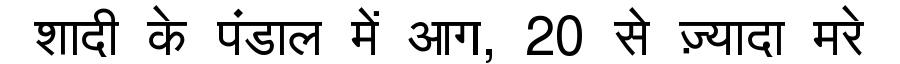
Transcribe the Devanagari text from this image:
शादी के पंडाल में आग, 20 से ज़्यादा मरे